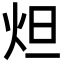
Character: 炟